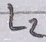
Text: L2